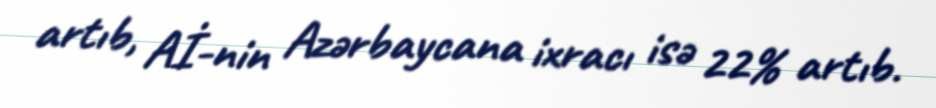
artıb, Aİ-nin Azərbaycana ixracı isə 22% artıb.